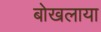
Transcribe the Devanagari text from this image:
बोखलाया